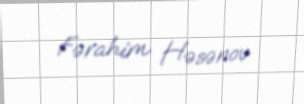
Fərahim Həsənov